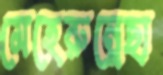
মেহেরুন্নেছা